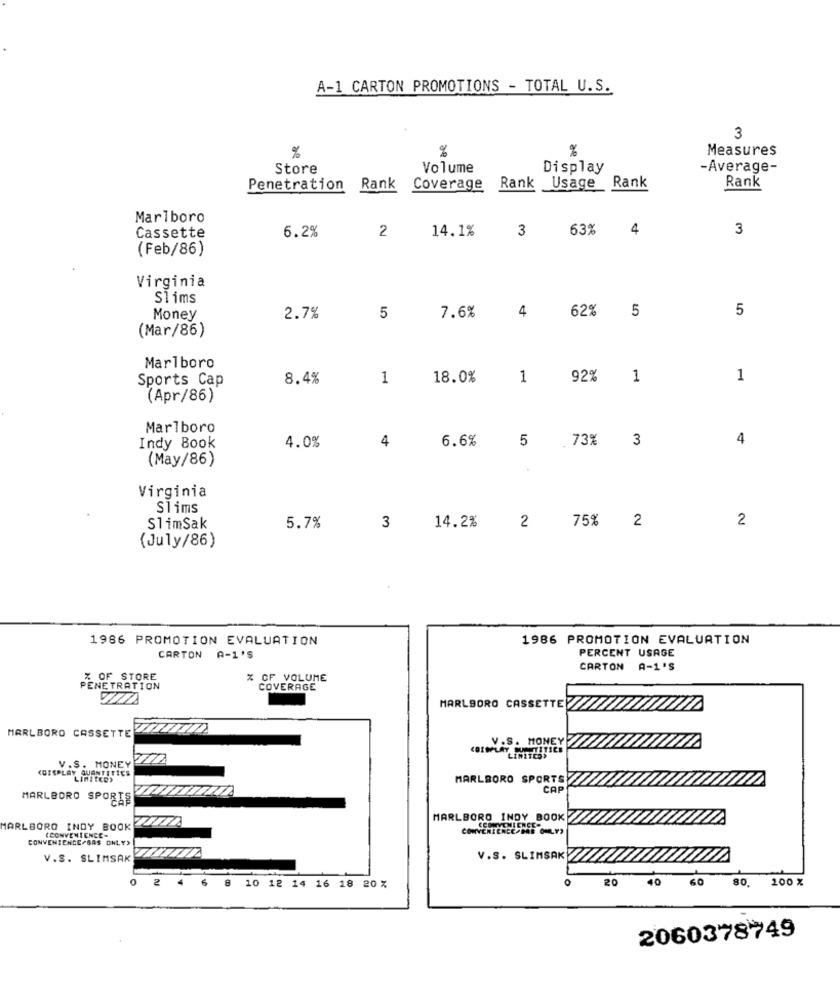
A-1 CARTON PROMOTIONS - TOTAL U.S.
3
%
%
Measures
%
Store
Volume
Display
-Average-
Rank
Penetration Rank
Coverage
Rank
Usage Rank
Marlboro
Cassette
6.2%
14.1%
3
63%
4
3
2
(Feb/86)
Virginia
Slims
4
62%
5
5
Money
2.7%
5
7.6%
(Mar/86)
Marlboro
Sports Cap
8.4%
1
18.0%
1
92%
1
1
(Apr/86)
Marlboro
4
6.6%
5
73%
3
4
Indy Book
4.0%
(May/86)
Virginia
Slims
75% 2
2
SlimSak
5.7%
3
14.2%
2
(July/86)
1986 PROMOTION EVALUATION
1986 PROMOTION EVALUATION
PERCENT USAGE
CARTON A-1'S
CARTON A-1'S
OF STORE
CF VOLUME
PENETRATION
COVERAGE
MARLBORO CASSETTE
MARLBORO CASSETTE
V.S . MONEY
V.S. MONEY
<DISPLAY QUANTITIES
LIMITKEY
MARLBORO SPORTS
CAP
MARLBORO SPORTS
MARLBORO INDY BOOK
MARLBORO INDY BOOK
&CONVENIENCE-
converttice bas Our
CONVENIENCE/BAS ONLY)
V.S. SLIMSAK
V.S. SLIMSAKY
0
6 8
0
20
40
60
80.
200 %
2 4
10 12 14 16 18 20 %
2060378749